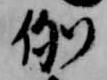
例